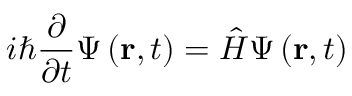
i \hbar { \frac { \partial } { \partial t } } \Psi \left( \mathbf { r } , t \right) = { \hat { H } } \Psi \left( \mathbf { r } , t \right) \,